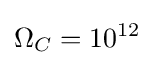
\Omega _{C}=10^{12}